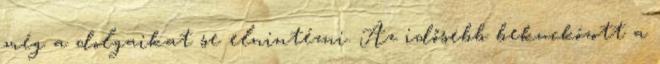
még a dolgaikat se elnintézni. Az idősebb bekuckózott a